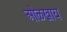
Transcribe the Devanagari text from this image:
ओळखाय